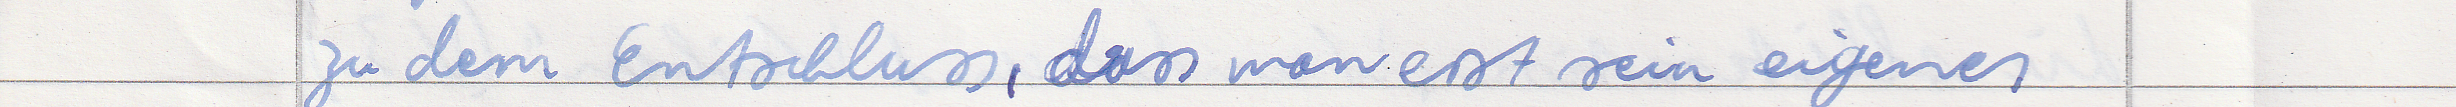
zu dem Entschluss, dass man erst sein eigenes